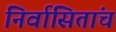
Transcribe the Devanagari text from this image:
निर्वासितांचं